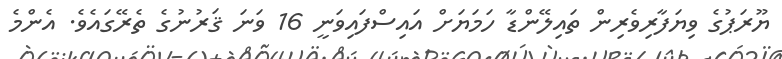
ޔޫރަޕުގެ ވިޔަފާރިވެރިން ތައިލޭންޑާ ހަމަޔަށް އައިސްފައިވަނީ 16 ވަނަ ޤަރުނުގެ ތެރޭގައެވެ. އެންމެ